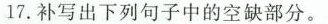
17.补写出下列句子中的空缺部分。